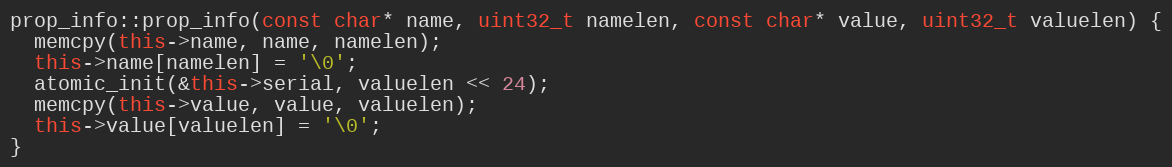
Language: C++
prop_info::prop_info(const char* name, uint32_t namelen, const char* value, uint32_t valuelen) {
  memcpy(this->name, name, namelen);
  this->name[namelen] = '\0';
  atomic_init(&this->serial, valuelen << 24);
  memcpy(this->value, value, valuelen);
  this->value[valuelen] = '\0';
}